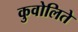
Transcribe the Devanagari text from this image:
कुवोलिते